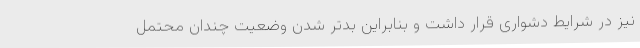
نیز در شرایط دشواری قرار داشت و بنابراین بدتر شدن وضعیت چندان محتمل